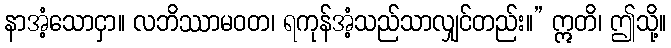
နာအံ့သောငှာ။ လဘိဿာမဝတ၊ ရကုန်အံ့သည်သာလျှင်တည်း။” ဣတိ၊ ဤသို့။